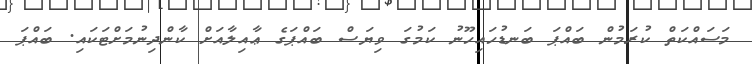
މަސައްކަތް ކުރަމުން ބައްޕަ ބަނޑުހައިހޫނު ކަމުގަ ވިޔަސް ބައްޕަގެ ޢާއިލާއަށް ކާންދިނުމަށްޓަކައި. ބައްޕަ